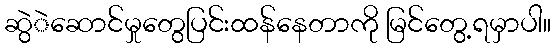
ဆွဲဲဆောင်မှုတွေပြင်းထန်နေတာကို မြင်တွေ့ရမှာပါ။